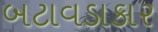
બટાવડાકાર